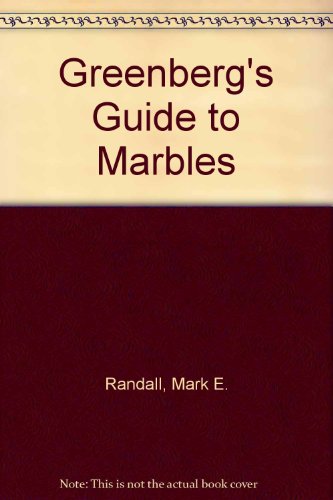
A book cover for Greenberg's Guide to Marbles; Mark E. Randall; Crafts, Hobbies & Home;